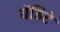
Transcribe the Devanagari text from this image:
वेंडिटे